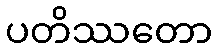
ပတိဿတော